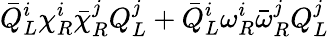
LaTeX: \bar{Q}_{L}^{i}\chi_{R}^{i}\bar{\chi}_{R}^{j}Q_{L}^{j}+\bar{Q}_{L}^{i}\omega_{R}^{i}\bar{\omega}_{R}^{j}Q_{L}^{j}